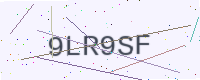
Text: 9LR9SF